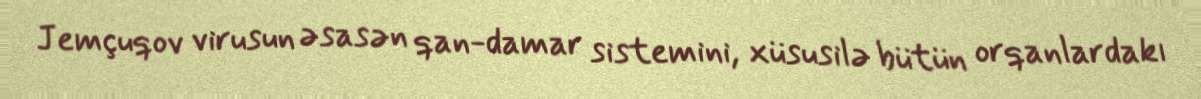
Jemçuqov virusun əsasən qan-damar sistemini, xüsusilə bütün orqanlardakı